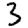
Digit: 3